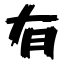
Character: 有